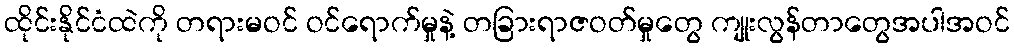
ထိုင်းနိုင်ငံထဲကို တရားမဝင် ဝင်ရောက်မှုနဲ့ တခြားရာဇဝတ်မှုတွေ ကျုးလွန်တာတွေအပါအဝင်